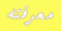
معرفته